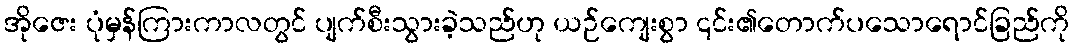
အိုဇေး ပုံမှန်ကြားကာလတွင် ပျက်စီးသွားခဲ့သည်ဟု ယဉ်ကျေးစွာ ၎င်း၏တောက်ပသောရောင်ခြည်ကို